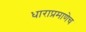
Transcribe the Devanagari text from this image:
धाराप्रमाणेच